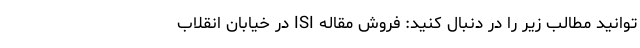
توانید مطالب زیر را در دنبال کنید: فروش مقاله ISI در خیابان انقلاب